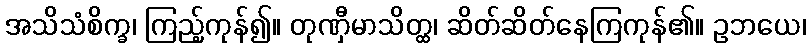
အသိသံစိက္ခ၊ ကြည့်ကုန်၍။ တုဏှီမာသိတ္ထ၊ ဆိတ်ဆိတ်နေကြကုန်၏။ ဥဘယေ၊